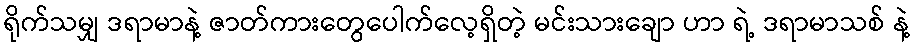
ရိုက်သမျှ ဒရာမာနဲ့ ဇာတ်ကားတွေပေါက်လေ့ရှိတဲ့ မင်းသားချော ဟာ ရဲ့ ဒရာမာသစ် နဲ့